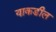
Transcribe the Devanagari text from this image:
याकडील